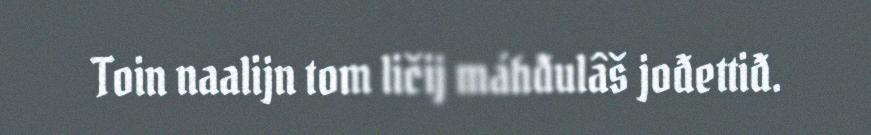
Toin naalijn tom ličij máhđulâš jođettiđ.